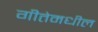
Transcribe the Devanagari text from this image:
गीतेमधील